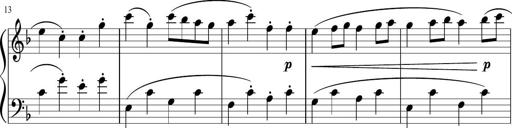
Title: 12 Keyboard Sonatinas
Composer: James Hook